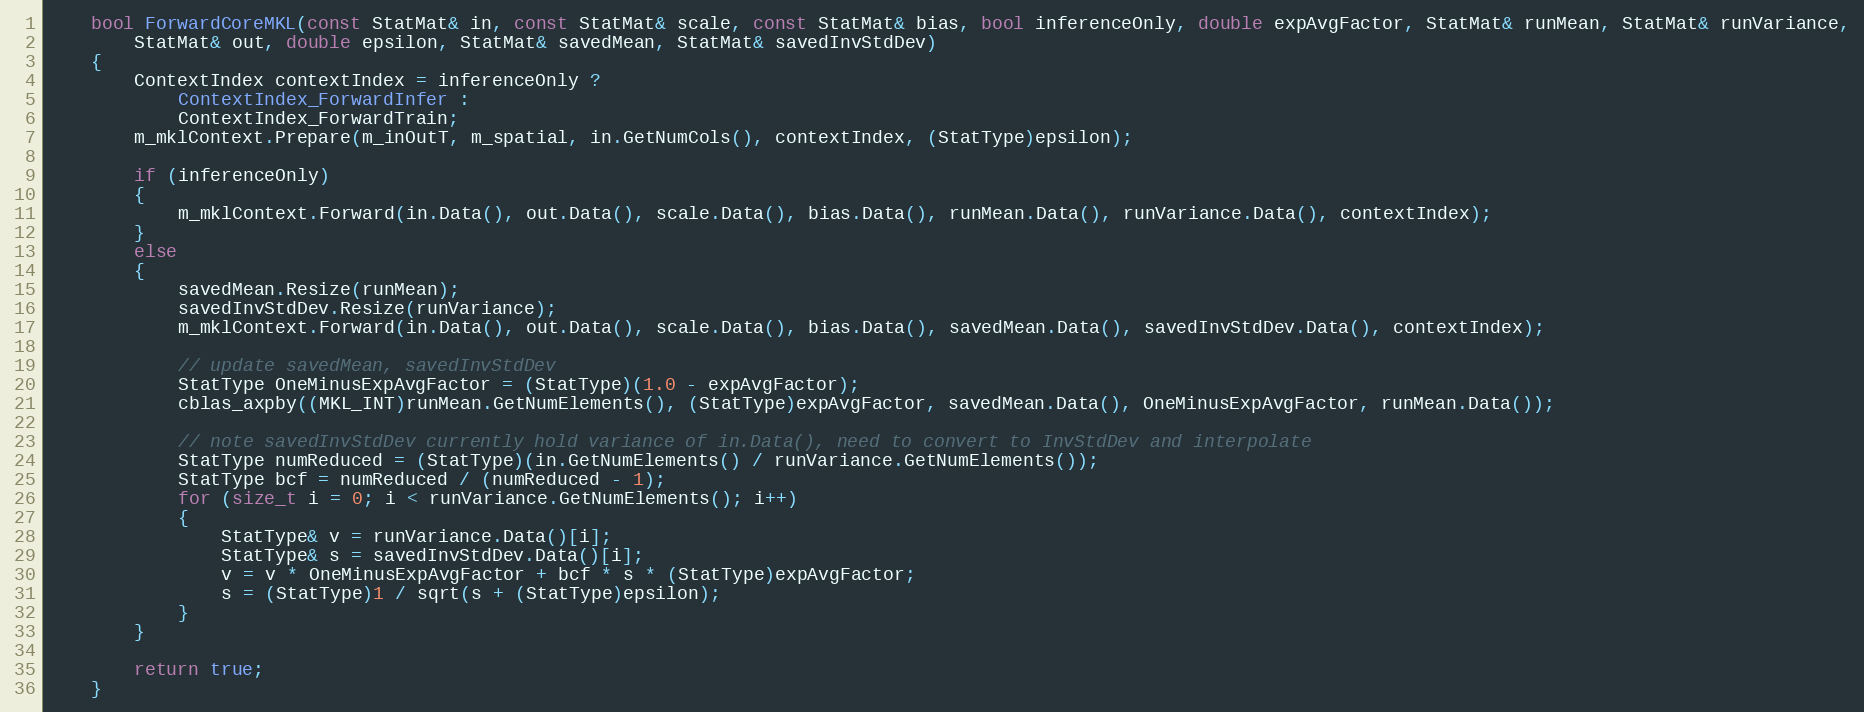
Language: C++
    bool ForwardCoreMKL(const StatMat& in, const StatMat& scale, const StatMat& bias, bool inferenceOnly, double expAvgFactor, StatMat& runMean, StatMat& runVariance,
        StatMat& out, double epsilon, StatMat& savedMean, StatMat& savedInvStdDev)
    {
        ContextIndex contextIndex = inferenceOnly ?
            ContextIndex_ForwardInfer :
            ContextIndex_ForwardTrain;
        m_mklContext.Prepare(m_inOutT, m_spatial, in.GetNumCols(), contextIndex, (StatType)epsilon);

        if (inferenceOnly)
        {
            m_mklContext.Forward(in.Data(), out.Data(), scale.Data(), bias.Data(), runMean.Data(), runVariance.Data(), contextIndex);
        }
        else
        {
            savedMean.Resize(runMean);
            savedInvStdDev.Resize(runVariance);
            m_mklContext.Forward(in.Data(), out.Data(), scale.Data(), bias.Data(), savedMean.Data(), savedInvStdDev.Data(), contextIndex);

            // update savedMean, savedInvStdDev
            StatType OneMinusExpAvgFactor = (StatType)(1.0 - expAvgFactor);
            cblas_axpby((MKL_INT)runMean.GetNumElements(), (StatType)expAvgFactor, savedMean.Data(), OneMinusExpAvgFactor, runMean.Data());

            // note savedInvStdDev currently hold variance of in.Data(), need to convert to InvStdDev and interpolate
            StatType numReduced = (StatType)(in.GetNumElements() / runVariance.GetNumElements());
            StatType bcf = numReduced / (numReduced - 1);
            for (size_t i = 0; i < runVariance.GetNumElements(); i++)
            {
                StatType& v = runVariance.Data()[i];
                StatType& s = savedInvStdDev.Data()[i];
                v = v * OneMinusExpAvgFactor + bcf * s * (StatType)expAvgFactor;
                s = (StatType)1 / sqrt(s + (StatType)epsilon);
            }
        }

        return true;
    }